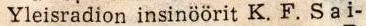
Yleisradion insinöörit K. F. Sai-